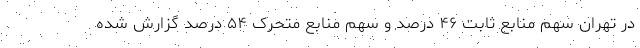
در تهران سهم منابع ثابت ۴۶ درصد و سهم منابع متحرک ۵۴ درصد گزارش شده